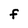
Character: F